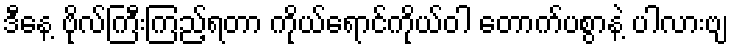
ဒီနေ့ ဗိုလ်ကြီးကြည့်ရတာ ကိုယ်ရောင်ကိုယ်ဝါ တောက်ပစွာနဲ့ ပါလားဗျ